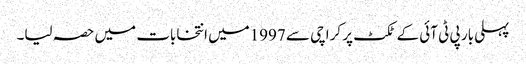
پہلی بار پی ٹی آئی کے ٹکٹ پر کراچی سے 1997میں انتخابات میں حصہ لیا۔